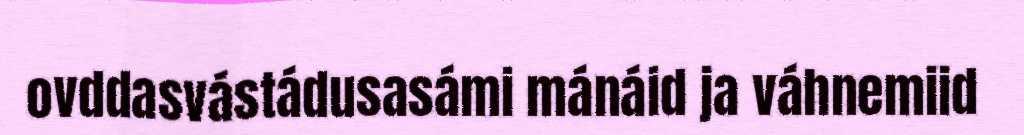
ovddasvástádusasámi mánáid ja váhnemiid